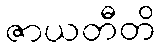
ဇာယတီတိ